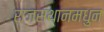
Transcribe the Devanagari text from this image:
राजस्थानमधुन